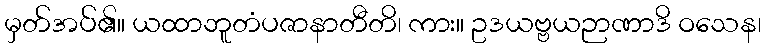
မှတ်အပ်၏။ ယထာဘူတံပဇာနာတီတိ၊ ကား။ ဥဒယဗ္ဗယဉာဏာဒိ ဝသေန၊